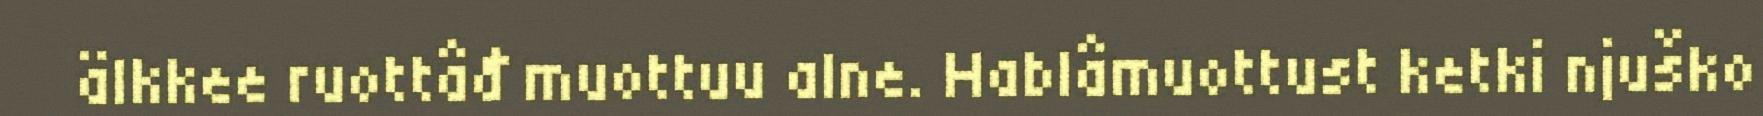
älkkee ruottâđ muottuu alne. Hablâmuottust ketki njuško